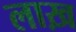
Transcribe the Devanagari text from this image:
लाख़